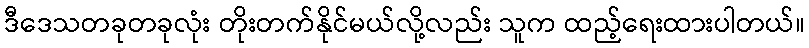
ဒီဒေသတခုတခုလုံး တိုးတက်နိုင်မယ်လို့လည်း သူက ထည့်ရေးထားပါတယ်။